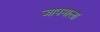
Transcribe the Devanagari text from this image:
जापमाला